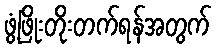
ဖွံ့ဖြိုးတိုးတက်ရန်အတွက်